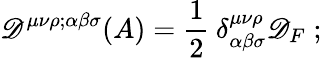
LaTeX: \mathscr{D}^{\mu\nu\rho;\alpha\beta\sigma}(A)=\frac{{1}}{{2}}\: \delta_{\alpha\beta\sigma}^{\mu\nu\rho}\mathscr{D}_{F}\; ;